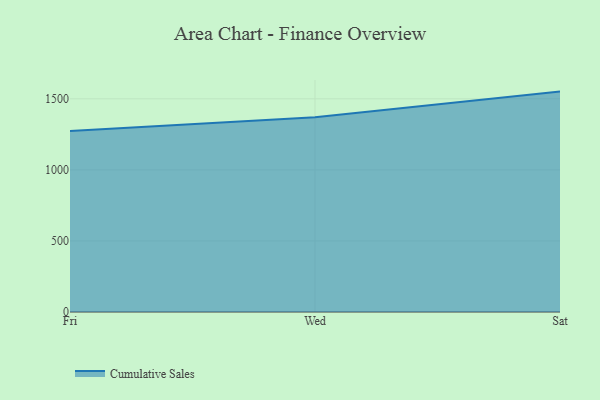
{"axis": {"x": "Day", "y": "Active Users"}, "legend": ["Cumulative Sales"], "data": [{"x": "Fri", "y": 1273.8, "type": "Cumulative Sales"}, {"x": "Wed", "y": 1370.1, "type": "Cumulative Sales"}, {"x": "Sat", "y": 1550.8, "type": "Cumulative Sales"}]}